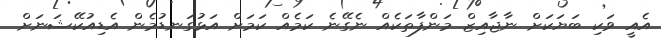
އެއީ ވަކި ބަޔަކަށް ނާޖާއިޒް މަންފާތަކެއް ނެގޭނެ ކަމެއް ކަމަށް އަޅުގަނޑުމެން އެޑިއުކޭޝަނަށް